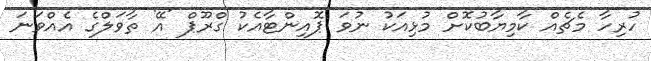
ހުރިހާ މެޗެއް ކާމިޔާބުކޮށް މުޅިއަކު ނުވަ ޕޮއިންޓާއެކު ގްރޫޕް 'އޭ' ތާވަލްގެ އެއްވަނަ